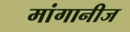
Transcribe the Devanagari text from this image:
मांगानीज